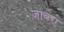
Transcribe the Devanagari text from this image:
जाबरा